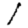
Digit: 1